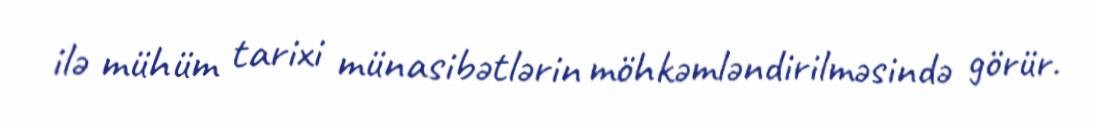
ilə mühüm tarixi münasibətlərin möhkəmləndirilməsində görür.